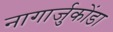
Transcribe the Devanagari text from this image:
नागार्जुकोंडा